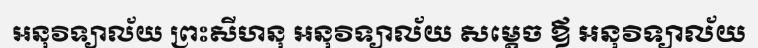
អនុវិទ្យាល័យ ព្រះសីហនុ អនុវិទ្យាល័យ សម្តេច ឪ អនុវិទ្យាល័យ